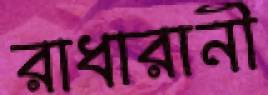
রাধারানী